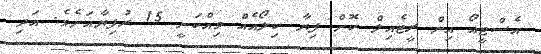
އެސްޓީއޯ އިން ރީޓެއިލް ކޮށް ފިޔާ ކިލޯއެއް ވިއްކަނީ 15 ރުފިޔާއަށެވެ. އަދި